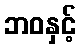
ဘဝနှင့်